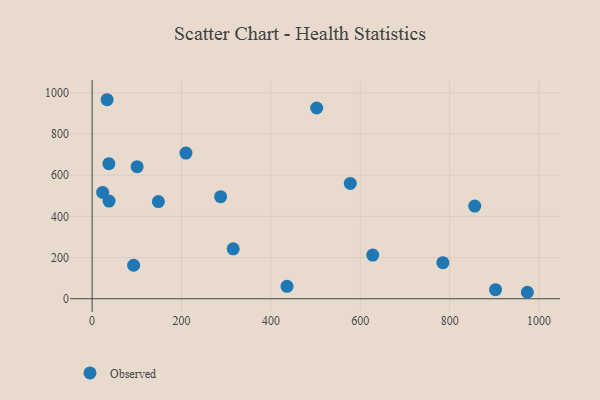
{"axis": {"x": "Distance", "y": "Exam Score"}, "legend": ["Observed"], "data": [{"x": "784.7", "y": 175.0, "type": "Observed"}, {"x": "436.0", "y": 60.3, "type": "Observed"}, {"x": "627.8", "y": 212.0, "type": "Observed"}, {"x": "287.5", "y": 495.5, "type": "Observed"}, {"x": "973.8", "y": 31.4, "type": "Observed"}, {"x": "856.1", "y": 450.2, "type": "Observed"}, {"x": "577.6", "y": 560.0, "type": "Observed"}, {"x": "148.2", "y": 471.9, "type": "Observed"}, {"x": "315.6", "y": 242.5, "type": "Observed"}, {"x": "33.5", "y": 966.6, "type": "Observed"}, {"x": "37.9", "y": 474.3, "type": "Observed"}, {"x": "209.9", "y": 707.3, "type": "Observed"}, {"x": "502.4", "y": 926.3, "type": "Observed"}, {"x": "23.5", "y": 516.5, "type": "Observed"}, {"x": "37.5", "y": 656.2, "type": "Observed"}, {"x": "100.6", "y": 641.3, "type": "Observed"}, {"x": "902.5", "y": 44.2, "type": "Observed"}, {"x": "92.9", "y": 162.7, "type": "Observed"}]}